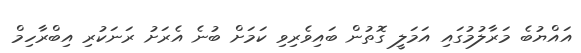
އައްޔުބެ މަރާލުމުގައި އަމަލީ ގޮތުން ބައިވެރިވި ކަމަށް ބުނެ އެރަށު ރަނަކުރި އިބްރާހިމް